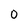
Character: 0